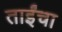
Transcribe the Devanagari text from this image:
ताईंचा